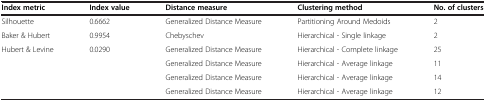
<table><thead><tr><td><b>Index metric</b></td><td><b>Index value</b></td><td><b>Distance measure</b></td><td><b>Clustering method</b></td><td><b>No. of clusters</b></td></tr></thead><tbody><tr><td>Silhouette</td><td>0.6662</td><td>Generalized Distance Measure</td><td>Partitioning Around Medoids</td><td>2</td></tr><tr><td>Baker &amp; Hubert</td><td>0.9954</td><td>Chebyschev</td><td>Hierarchical - Single linkage</td><td>2</td></tr><tr><td>Hubert &amp; Levine</td><td>0.0290</td><td>Generalized Distance Measure</td><td>Hierarchical - Complete linkage</td><td>25</td></tr><tr><td rowspan="3" colspan="2"> </td><td>Generalized Distance Measure</td><td>Hierarchical - Average linkage</td><td>11</td></tr><tr><td>Generalized Distance Measure</td><td>Hierarchical - Average linkage</td><td>14</td></tr><tr><td>Generalized Distance Measure</td><td>Hierarchical - Average linkage</td><td>12</td></tr></tbody></table>